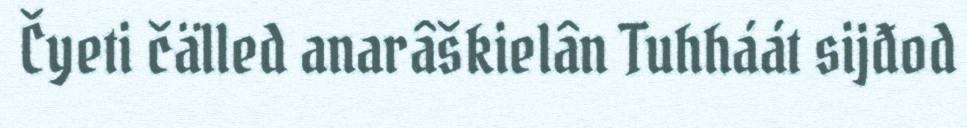
Čyeti čälled anarâškielân Tuhháát sijđod